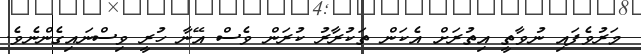
މަރުވެފައި ނުވާތީ އިތުރަށް އެކަން ތަކުރާރު ކުރަން ވެސް އޭނާ ހުރީ ވިސްނައިގެންނެވެ.